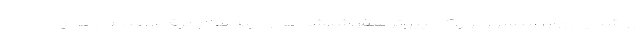
روشنایی روز،سنسور نور،کامپیوتر سفر،شیشه ها و آینه های برقی،صندلی های